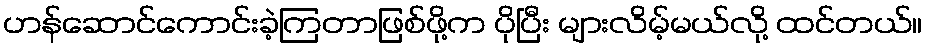
ဟန်ဆောင်ကောင်းခဲ့ကြတာဖြစ်ဖို့က ပိုပြီး များလိမ့်မယ်လို့ ထင်တယ်။